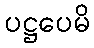
ပဋ္ဌပေမိ